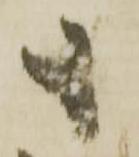
も